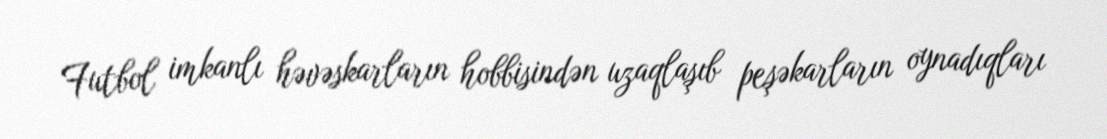
Futbol imkanlı həvəskarların hobbisindən uzaqlaşıb peşəkarların oynadıqları